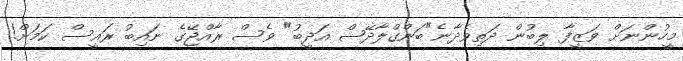
މީހުންނަށް ވަޒީފާ ލިބުން ދަތިވެދާނެ"ބަންގްލާދޭޝް އަދީބު" ވެސް ރާއްޖޭގެ ނައިބު ރައީސް ކަމަށް!